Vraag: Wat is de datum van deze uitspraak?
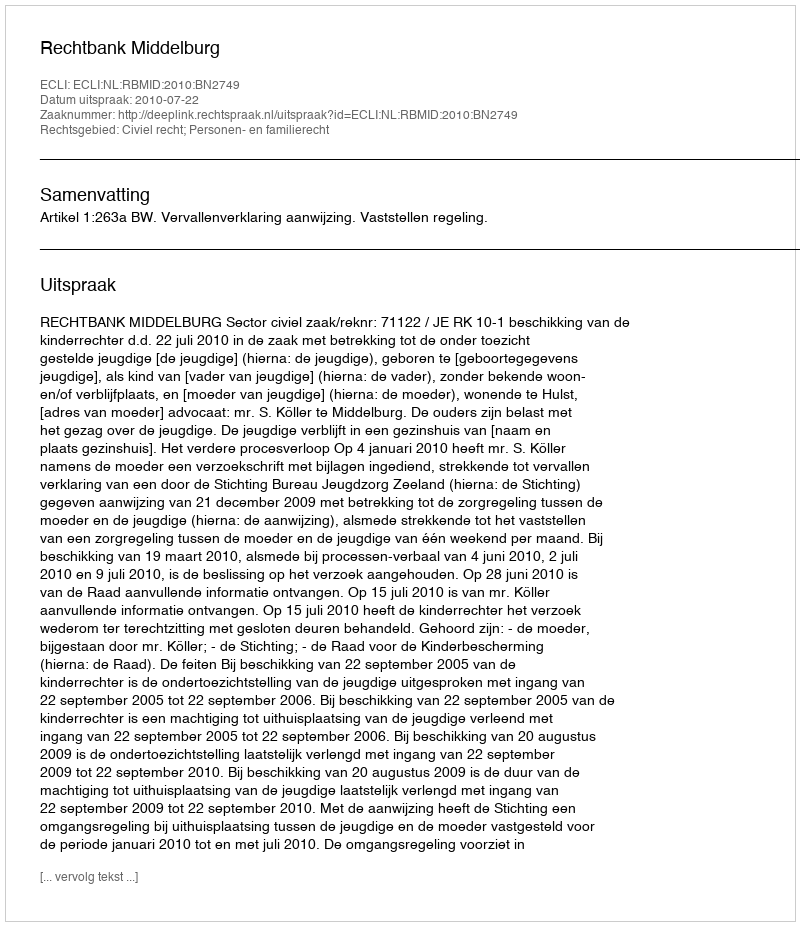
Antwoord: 2010-07-22